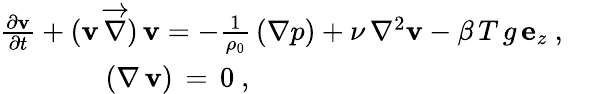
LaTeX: \begin{array}{r}{\frac{\partial{\mathbf v}}{\partial t}+({\mathbf v}\, \overrightarrow{\nabla})\, {\mathbf v}=-\frac{1}{\rho_{0}}\, ({\mathbf\nabla}{p})+\nu\, \nabla^{2}{\mathbf v}-\beta\, T\, g\, {\mathbf e}_{z}\ ,\ \ \ }\\ {(\mathbf{\nabla}\, {\mathbf v})\, =\, 0\ ,\qquad\qquad\qquad\qquad\qquad\qquad}\end{array}